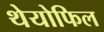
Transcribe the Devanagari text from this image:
थेयोफिल